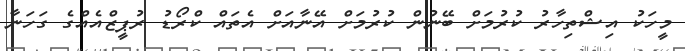
މީހަކު އިޝްތިހާރު ކުރުމަށް ބޭނުން ކުރުމަށް އޭނާއަށް އެތައް ކްރޯޑު ރުޕީޒްއެއްގެ ގަހަނާ